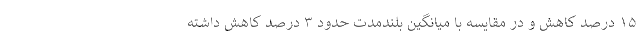
۱۵ درصد کاهش و در مقایسه با میانگین بلندمدت حدود ۳ درصد کاهش داشته